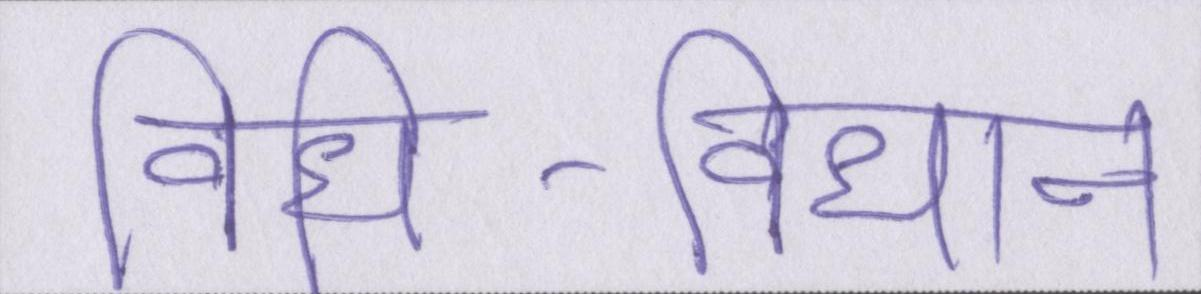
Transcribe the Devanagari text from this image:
विधि-विधान